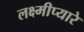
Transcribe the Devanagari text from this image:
लक्ष्मीप्यारे